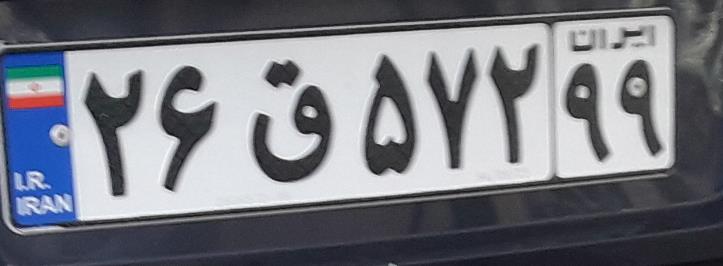
۲۶ق۵۷۲۹۹